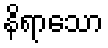
နိရာသော